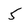
Character: 5